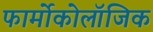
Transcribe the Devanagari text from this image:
फार्मोकोलॉजिक